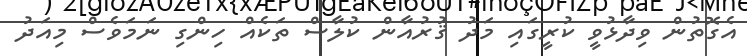
އެގޮތުން ވިދާޅުވީ ކުރީގައި މަދު ޤުރުއާން ކުލާސް ތަކެއް ހިންގި ނަމަވެސް މިއަދު